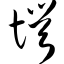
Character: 愕